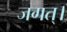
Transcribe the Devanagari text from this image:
जगत्‌।